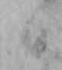
二